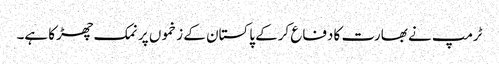
ٹرمپ نے بھارت کا دفاع کرکے پاکستان کے زخموں پر نمک چھڑکا ہے۔